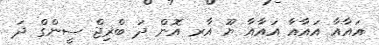
އައާއާ އައާއާ އައާއާ ޔޫ އާރ އޮން ދަ ބްރިޖް ސީންގް ދަ